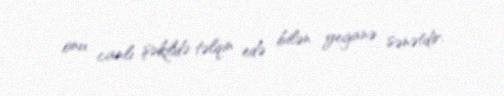
onu canlı şəkildə təlqin edə bilən yeganə sənətdir.